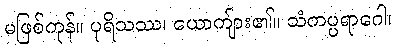
မဖြစ်ကုန်။ ပုရိသဿ၊ ယောကျ်ား၏။ သံကပ္ပရာဂေါ၊